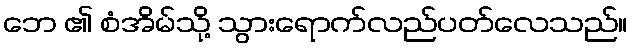
ဘေ ၏ စံအိမ်သို့ သွားရောက်လည်ပတ်လေသည်။